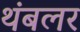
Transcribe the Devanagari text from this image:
थंबलर